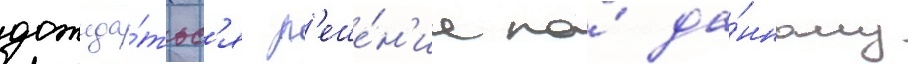
дожида́тьс'я р'еше́н'иа по́ да́нному